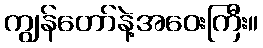
ကျွန်တော်နဲ့အဝေးကြီး။